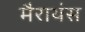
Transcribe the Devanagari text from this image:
मैराथंस